Investigations on Bengal jail dietaries - Number 37
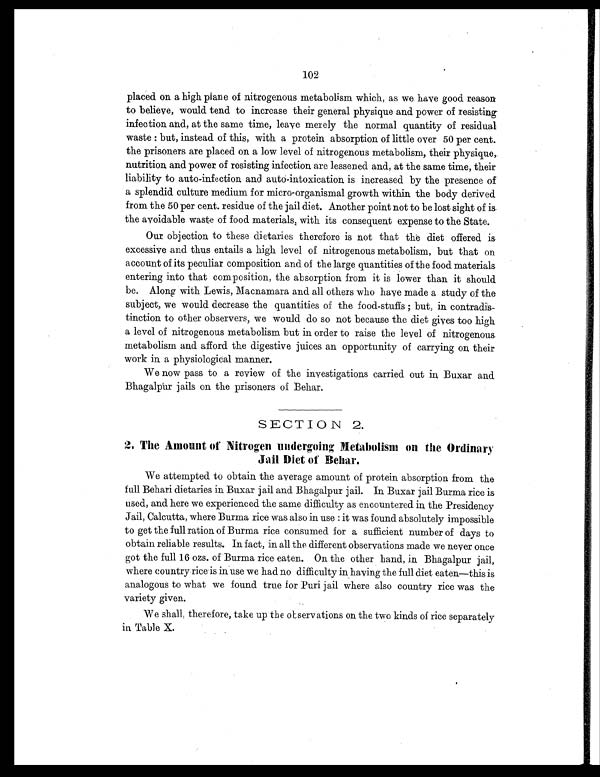
102
placed on a high plane of nitrogenous metabolism which, as we have good reason
to believe, would tend to increase their general physique and power of resisting
infection and, at the same time, leave merely the normal quantity of residual
waste : but, instead of this, with a protein absorption of little over 50 per cent.
the prisoners are placed on a low level of nitrogenous metabolism, their physique,
nutrition and power of resisting infection are lessened and, at the same time, their
liability to auto-infection and auto-intoxication is increased by the presence of
a splendid culture medium for micro-organismal growth within the body derived
from the 50 per cent. residue of the jail diet. Another point not to be lost sight of is
the avoidable waste of food. materials, with its consequent expense to the State.
Our objection to these dietaries therefore is not that the diet offered. is
excessive and thus entails a high level of nitrogenous metabolism, but that on
account of its peculiar composition and of the large quantities of the food materials
entering into that composition, the absorption from it is lower than it should
be. Along with Lewis, Macnamara and all others who have made a study of the
subject, we would decrease the quantities of the food-stuffs ; but, in. contradis-
tinction to other observers, we would do so not because the diet gives too high
a level of nitrogenous metabolism but in order to raise the level of nitrogenous
metabolism and afford the digestive juices an opportunity of carrying on their
work in a physiological manner.
We now pass to a review of the investigations carried out in Buxar and
Bhagalpur jails on the prisoners of Behar.
SECTION 2.
2. The Amount of Nitrogen undergoing Metabolism on the Ordinary
Jail Diet of Behar.
We attempted to obtain the average amount of protein absorption from the
full Behari dietaries in Buxar jail and Bhagalpur jail. In Buxar jail Burma rice is
used, and here we experienced the same difficulty as encountered in the Presidency
Jail, Calcutta, where Burma rice was also in use : it was found absolutely impossible
to get the full ration of Burma rice consumed for a sufficient number of days to
obtain reliable results. In fact, in all the different observations made we never once
got the full 16 ozs. of Burma rice eaten. On the other hand, in Bhagalpur jail,
where country rice is in use we had no difficulty in having the full diet eaten—this is
analogous to what we found true for Puri jail where also country rice was the
variety given.
We shall therefore, take up the observations on the two kinds of rice separately
in Table X.